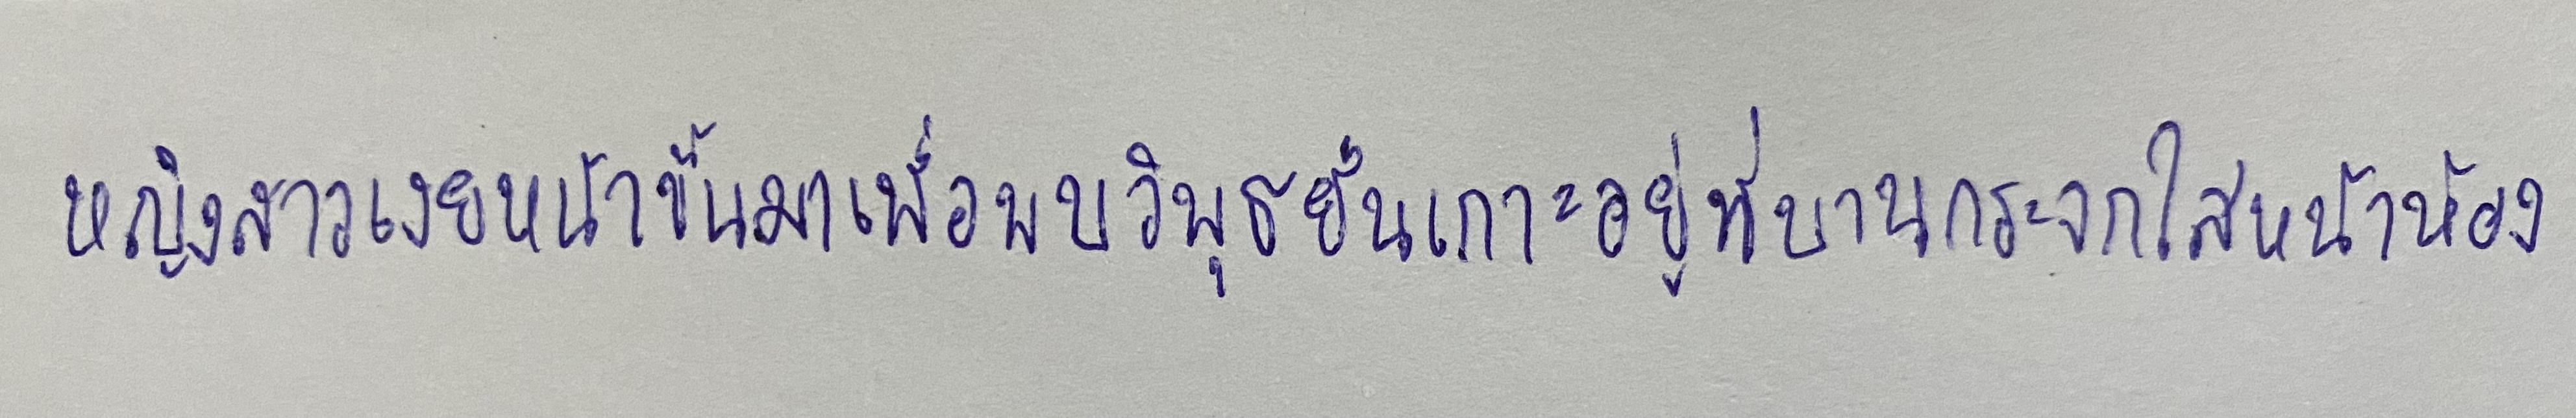
หญิงสาวเงยหน้าขึ้นมาเพื่อพบวิพุธยืนเกาะอยู่ที่บานกระจกใสหน้าห้อง